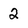
Character: 2